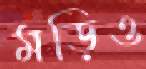
মড়িও